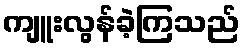
ကျူးလွန်ခဲ့ကြသည်